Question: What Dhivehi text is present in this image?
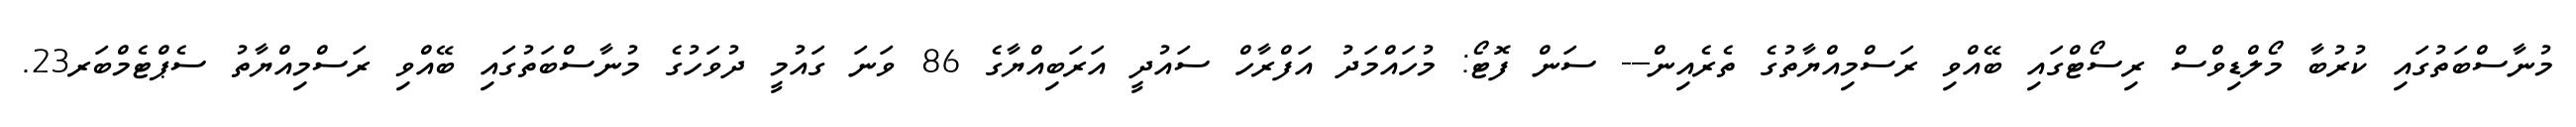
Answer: މުނާސްބަތުގައި ކުރުބާ މޯލްޑިވްސް ރިސޯޓްގައި ބޭއްވި ރަސްމިއްޔާތުގެ ތެރެއިން--- ސަން ފޮޓޯ: މުހައްމަދު އަފްރާހް ސައުދީ އަރަބިއްޔާގެ 86 ވަނަ ގައުމީ ދުވަހުގެ މުނާސްބަތުގައި ބޭއްވި ރަސްމިއްޔާތު ސެޕްޓެމްބަރ23.